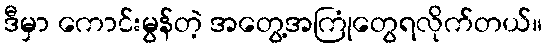
ဒီမှာ ကောင်းမွန်တဲ့ အတွေ့အကြုံတွေရလိုက်တယ်။